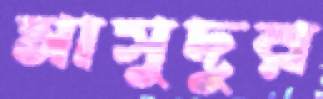
মাসুদুর